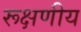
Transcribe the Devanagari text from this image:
रूक्षणीय